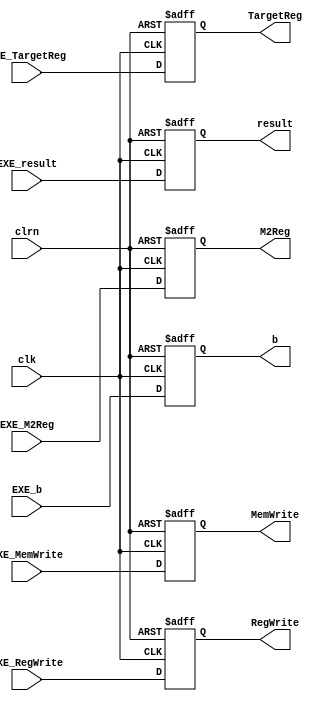
module pipe_e_m_reg(
  EXE_RegWrite,EXE_M2Reg,EXE_MemWrite,
  EXE_result,EXE_b,EXE_TargetReg,
  clk,clrn,
  RegWrite,M2Reg,MemWrite,
  result,b,TargetReg
);
    input EXE_RegWrite,EXE_M2Reg,EXE_MemWrite;
    input clk,clrn;
    input [31:0] EXE_result,EXE_b;
    input [ 4:0] EXE_TargetReg;

    output reg RegWrite,M2Reg,MemWrite;
    output reg [31:0] result, b;
    output reg [ 4:0] TargetReg;

    always @(negedge clrn or posedge clk) begin
      if (clrn == 0) begin
        RegWrite  <= 0 ;        M2Reg    <= 0 ;
        MemWrite  <= 0 ;        result   <= 0 ;
        b         <= 0 ;        TargetReg<= 0 ;
      end else begin
        RegWrite  <= EXE_RegWrite ;   M2Reg    <= EXE_M2Reg     ;
        MemWrite  <= EXE_MemWrite ;   result   <= EXE_result    ;
        b         <= EXE_b        ;   TargetReg<= EXE_TargetReg ;        
      end
    end
    
endmodule // pipe_e_m_reg